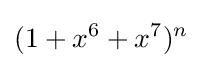
(1+x^{6}+x^{7})^{n}